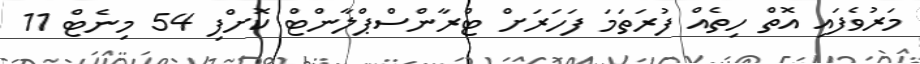
މަރުވެފައި އޮތް ހިތެއް ފުރަތަމަ ފަހަރަށް ޓްރާންސްޕްލާންޓް ކޮށްފި 54 މިނެޓް 11